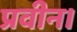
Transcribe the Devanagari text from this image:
प्रवीन।